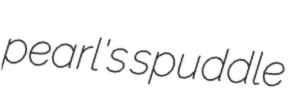
pearl's spuddle